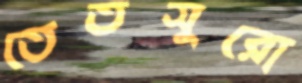
তেতসুরো